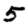
Digit: 5